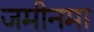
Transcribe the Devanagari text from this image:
जमीनमा